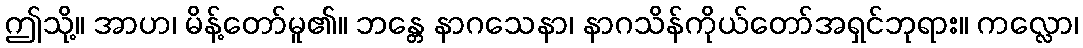
ဤသို့။ အာဟ၊ မိန့်တော်မူ၏။ ဘန္တေ နာဂသေနာ၊ နာဂသိန်ကိုယ်တော်အရှင်ဘုရား။ ကလ္လော၊